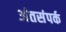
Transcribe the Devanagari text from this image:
अंतसंपर्क